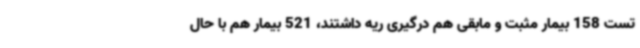
تست 158 بیمار مثبت و مابقی هم درگیری ریه داشتند، 521 بیمار هم با حال